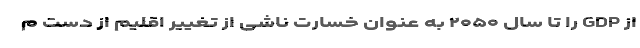
از GDP را تا سال ۲۰۵۰ به عنوان خسارت ناشی از تغییر اقلیم از دست م